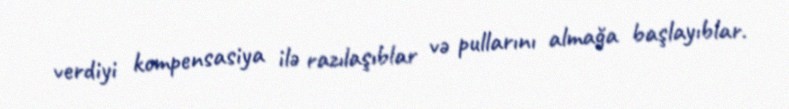
verdiyi kompensasiya ilə razılaşıblar və pullarını almağa başlayıblar.